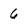
Character: 6